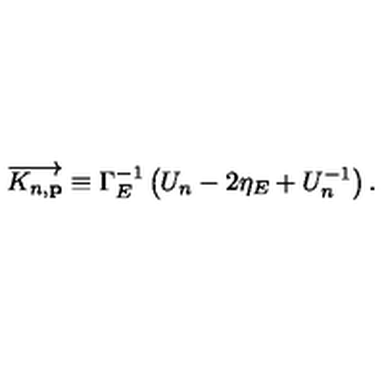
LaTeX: \overrightarrow { K _ { n , \mathbf { p } } } \equiv \Gamma _ { E } ^ { - 1 } \left( U _ { n } - 2 \eta _ { E } + U _ { n } ^ { - 1 } \right) .